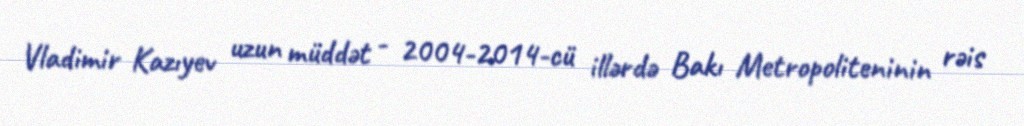
Vladimir Kazıyev uzun müddət - 2004-2014-cü illərdə Bakı Metropoliteninin rəis